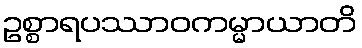
ဥစ္စာရပဿာဝကမ္မာယာတိ